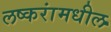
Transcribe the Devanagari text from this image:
लष्करांमधील